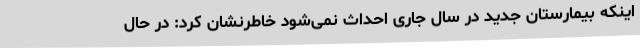
اینکه بیمارستان جدید در سال جاری احداث نمی‌شود خاطرنشان کرد: در حال